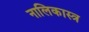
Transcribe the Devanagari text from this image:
नालिकास्‍त्र